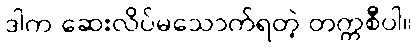
ဒါက ဆေးလိပ်မသောက်ရတဲ့ တက္ကစီပါ။